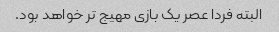
البته فردا عصر یک بازی مهیج تر خواهد بود.